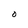
Character: O